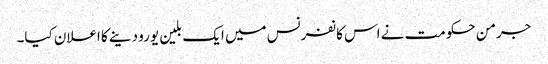
جرمن حکومت نے اس کانفرنس میں ایک بلین یورو دینے کا اعلان کیا۔